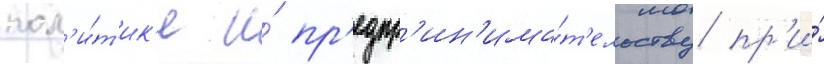
пол'и́т'ик'е и́ пр'едпр'ин'има́т'ельству пр'и́